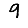
Digit: 9